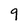
Character: 9